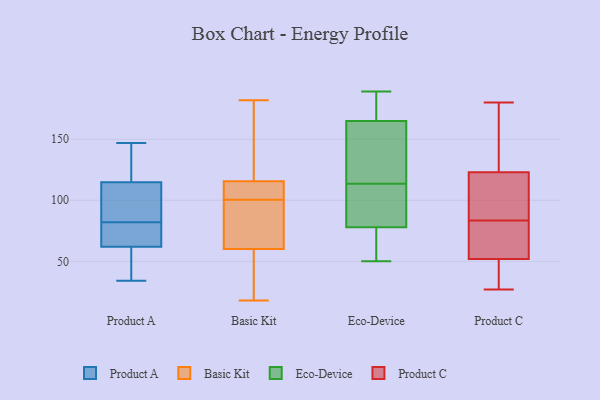
{"axis": {"x": "LTV (USD)", "y": "Value"}, "legend": ["Basic Kit", "Eco-Device", "Product A", "Product C"], "data": [{"x": "", "y": 57, "type": "Product A"}, {"x": "", "y": 88, "type": "Product A"}, {"x": "", "y": 48, "type": "Product A"}, {"x": "", "y": 99, "type": "Product A"}, {"x": "", "y": 82, "type": "Product A"}, {"x": "", "y": 147, "type": "Product A"}, {"x": "", "y": 91, "type": "Product A"}, {"x": "", "y": 81, "type": "Product A"}, {"x": "", "y": 147, "type": "Product A"}, {"x": "", "y": 133, "type": "Product A"}, {"x": "", "y": 85, "type": "Product A"}, {"x": "", "y": 73, "type": "Product A"}, {"x": "", "y": 65, "type": "Product A"}, {"x": "", "y": 49, "type": "Product A"}, {"x": "", "y": 78, "type": "Product A"}, {"x": "", "y": 61, "type": "Product A"}, {"x": "", "y": 133, "type": "Product A"}, {"x": "", "y": 34, "type": "Product A"}, {"x": "", "y": 120, "type": "Product A"}, {"x": "", "y": 168, "type": "Basic Kit"}, {"x": "", "y": 182, "type": "Basic Kit"}, {"x": "", "y": 91, "type": "Basic Kit"}, {"x": "", "y": 100, "type": "Basic Kit"}, {"x": "", "y": 101, "type": "Basic Kit"}, {"x": "", "y": 113, "type": "Basic Kit"}, {"x": "", "y": 58, "type": "Basic Kit"}, {"x": "", "y": 62, "type": "Basic Kit"}, {"x": "", "y": 118, "type": "Basic Kit"}, {"x": "", "y": 108, "type": "Basic Kit"}, {"x": "", "y": 80, "type": "Basic Kit"}, {"x": "", "y": 28, "type": "Basic Kit"}, {"x": "", "y": 18, "type": "Basic Kit"}, {"x": "", "y": 123, "type": "Basic Kit"}, {"x": "", "y": 27, "type": "Basic Kit"}, {"x": "", "y": 105, "type": "Basic Kit"}, {"x": "", "y": 189, "type": "Eco-Device"}, {"x": "", "y": 50, "type": "Eco-Device"}, {"x": "", "y": 57, "type": "Eco-Device"}, {"x": "", "y": 94, "type": "Eco-Device"}, {"x": "", "y": 165, "type": "Eco-Device"}, {"x": "", "y": 182, "type": "Eco-Device"}, {"x": "", "y": 128, "type": "Eco-Device"}, {"x": "", "y": 104, "type": "Eco-Device"}, {"x": "", "y": 106, "type": "Eco-Device"}, {"x": "", "y": 78, "type": "Eco-Device"}, {"x": "", "y": 175, "type": "Eco-Device"}, {"x": "", "y": 131, "type": "Eco-Device"}, {"x": "", "y": 63, "type": "Eco-Device"}, {"x": "", "y": 121, "type": "Eco-Device"}, {"x": "", "y": 32, "type": "Product C"}, {"x": "", "y": 121, "type": "Product C"}, {"x": "", "y": 97, "type": "Product C"}, {"x": "", "y": 53, "type": "Product C"}, {"x": "", "y": 92, "type": "Product C"}, {"x": "", "y": 178, "type": "Product C"}, {"x": "", "y": 180, "type": "Product C"}, {"x": "", "y": 72, "type": "Product C"}, {"x": "", "y": 27, "type": "Product C"}, {"x": "", "y": 125, "type": "Product C"}, {"x": "", "y": 75, "type": "Product C"}, {"x": "", "y": 51, "type": "Product C"}]}